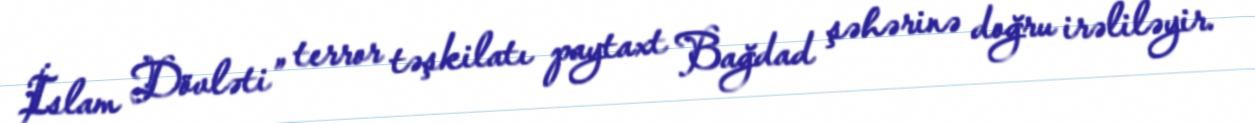
İslam Dövləti” terror təşkilatı paytaxt Bağdad şəhərinə doğru irəliləyir.